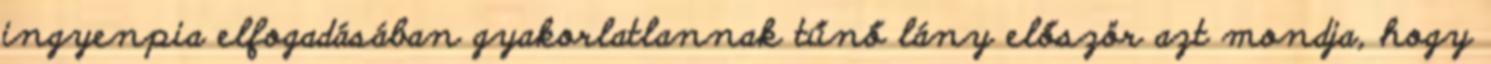
ingyenpia elfogadásában gyakorlatlannak tűnő lány először azt mondja, hogy